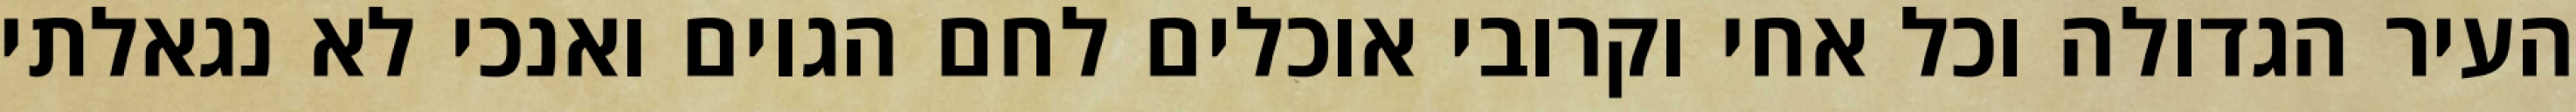
העיר הגדולה וכל אחי וקרובי אוכלים לחם הגוים ואנכי לא נגאלתי